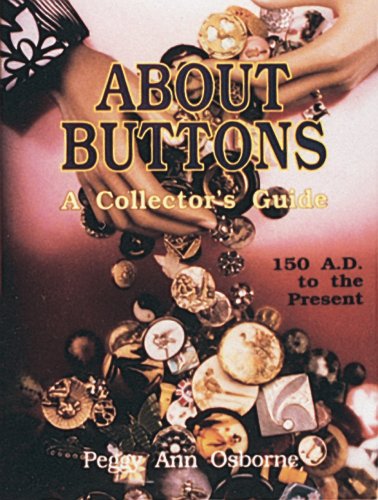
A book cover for About Buttons: A Collector's Guide 150 A.D. to the Present; Peggy Ann Osborne; Crafts, Hobbies & Home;